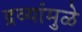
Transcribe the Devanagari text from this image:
द्रव्यांमुळे